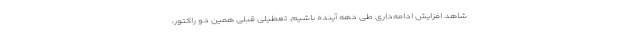
شاهد افزایش ادامه‌داری طی دهه آینده باشیم. تعطیلی قبلی همین دو راکتور،